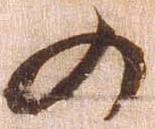
の